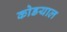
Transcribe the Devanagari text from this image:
कोडयाल